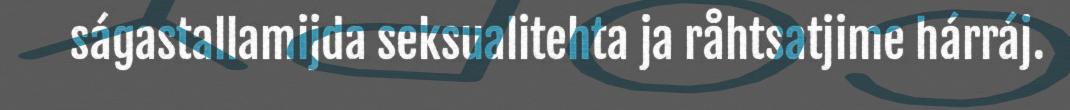
ságastallamijda seksualitehta ja råhtsatjime hárráj.